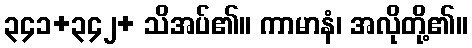
၃၄၁+၃၄၂+ သိအပ်၏။ ကာမာနံ၊ အလိုတို့၏။